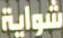
شواية